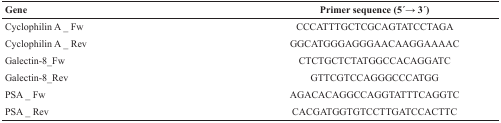
<table><thead><tr><td><b>Gene</b></td><td><b>Primer sequence (5 ́→ 3 ́)</b></td></tr></thead><tbody><tr><td>Cyclophilin A _ Fw</td><td>CCCATTTGCTCGCAGTATCCTAGA</td></tr><tr><td>Cyclophilin A _ Rev</td><td>GGCATGGGAGGGAACAAGGAAAAC</td></tr><tr><td>Galectin-8_Fw</td><td>CTCTGCTCTATGGCCACAGGATC</td></tr><tr><td>Galectin-8_Rev</td><td>GTTCGTCCAGGGCCCATGG</td></tr><tr><td>PSA _ Fw</td><td>AGACACAGGCCAGGTATTTCAGGTC</td></tr><tr><td>PSA _ Rev</td><td>CACGATGGTGTCCTTGATCCACTTC</td></tr></tbody></table>